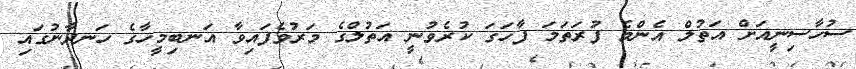
ސުހާސިނީއަށް އަތުލް އެންމެ ފުރަތަމަ ފާހަގަ ކުރެވުނީ އަތުލްގެ މަރުވެފައިވާ އަނބިމީހާގެ ހަނދާނުގައި